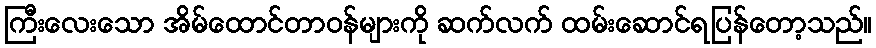
ကြီးလေးသော အိမ်ထောင်တာဝန်များကို ဆက်လက် ထမ်းဆောင်ရပြန်တော့သည်။